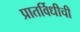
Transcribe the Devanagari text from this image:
प्रातर्विधीची